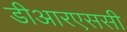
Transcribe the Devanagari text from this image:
डीआरएससी